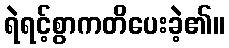
ရဲရင့်စွာကတိပေးခဲ့၏။